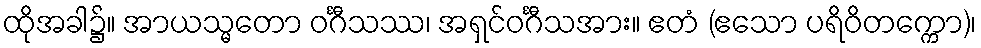
ထိုအခါ၌။ အာယသ္မတော ဝင်္ဂီသဿ၊ အရှင်ဝင်္ဂီသအား။ ဧတံ (ဧသော ပရိဝိတက္ကော)၊